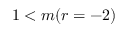
1 < m ( r = - 2 )